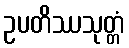
ဥပတိဿသုတ္တံ